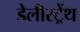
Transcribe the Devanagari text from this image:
डेलीस्ट्रेंथ